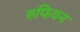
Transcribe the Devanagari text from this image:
रुफियन